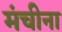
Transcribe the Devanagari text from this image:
मंचीना